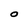
Character: O